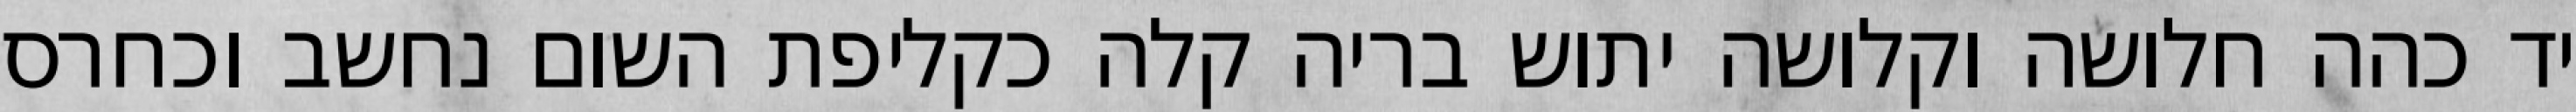
יד כהה חלושה וקלושה יתוש בריה קלה כקליפת השום נחשב וכחרס